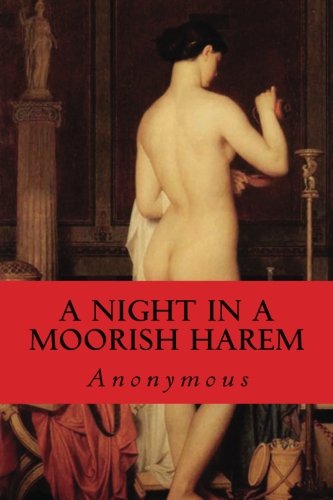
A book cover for A Night in a Moorish Harem; Anonymous; Romance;